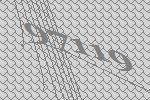
97119